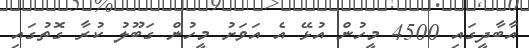
އާބާދީގައި 4500 މީހުން އުޅޭ އެ އަވަށު މީހުން ގަބޫލު ކުރާ ގޮތުގައި